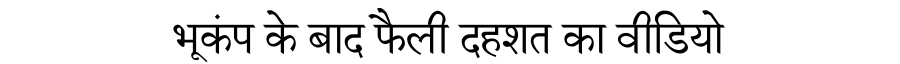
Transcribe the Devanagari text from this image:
भूकंप के बाद फैली दहशत का वीडियो